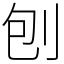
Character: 刨